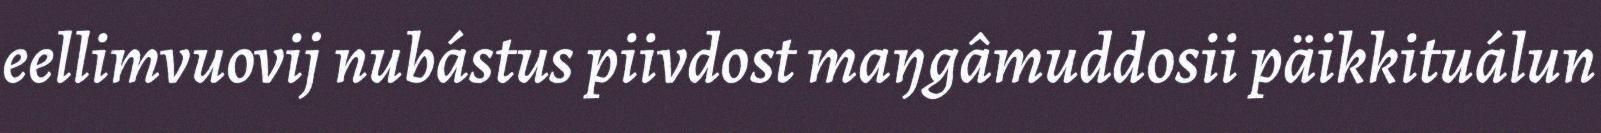
eellimvuovij nubástus piivdost maŋgâmuddosii päikkituálun